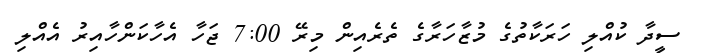
ސީދާ ކުއްލި ހަރަކާތުގެ މުޒާހަރާގެ ތެރެއިން މިރޭ 7:00 ޖަހާ އެހާކަންހާއިރު އެއްލި